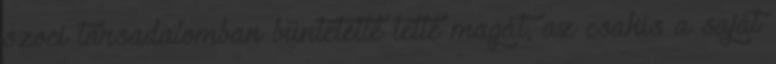
szoci társadalomban büntetetté tette magát, az csakis a saját